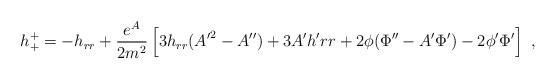
LaTeX: \begin{align*}h^+_+=-h_{rr}+\frac{e^A}{2m^2}\left[3 h_{rr}({A'}^2-A'') + 3 A'h'{rr}+2 \phi(\Phi'' - A' \Phi') - 2 \phi' \Phi' \right]~,\end{align*}